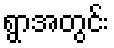
ရွာအတွင်း